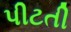
પીટતી